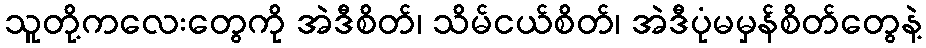
သူတို့ကလေးတွေကို အဲဒီစိတ်၊ သိမ်ငယ်စိတ်၊ အဲဒီပုံမမှန်စိတ်တွေနဲ့